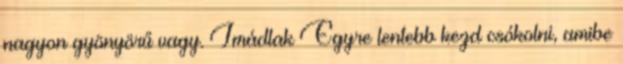
nagyon gyönyörű vagy. Imádlak Egyre lentebb kezd csókolni, amibe